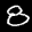
Label: 8